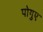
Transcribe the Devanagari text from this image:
पोगुए